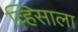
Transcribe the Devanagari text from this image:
व्हिसाला